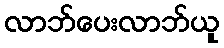
လာဘ်ပေးလာဘ်ယူ